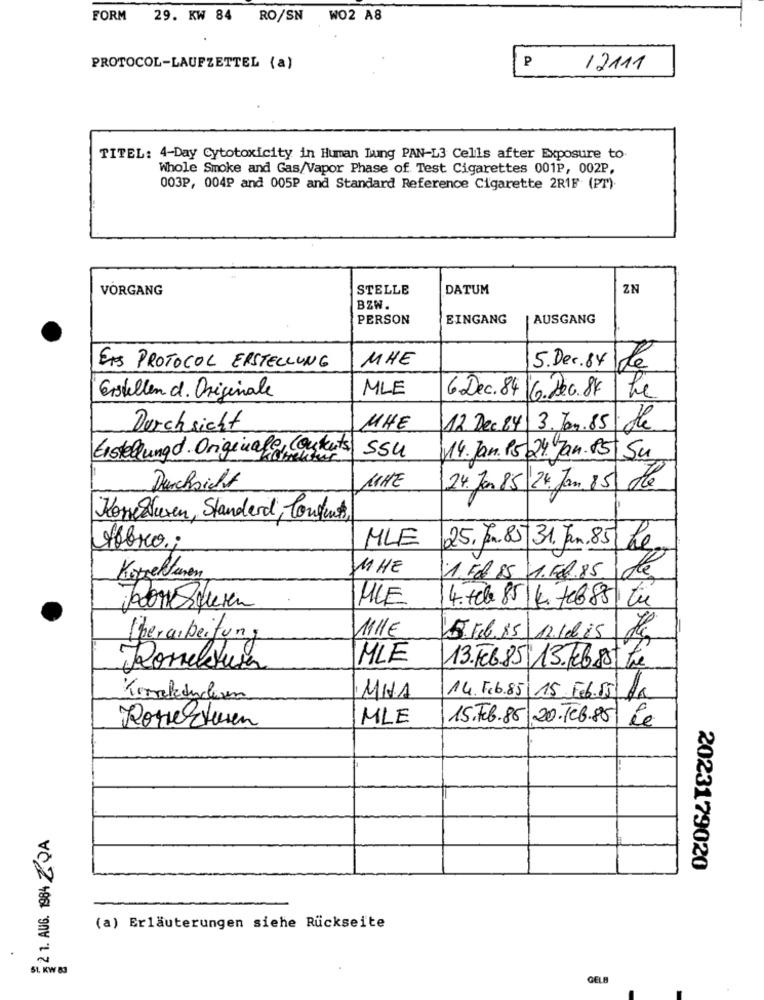
FORM 29. KW 84 RO/SN WO2 A8
P
PROTOCOL-LAUFZETTEL (a)
12111
TITEL: 4-Day Cytotoxicity in Human Jung PAN-L3 Cells after Exposure to.
Whole Smoke and Gas/Vapor Phase of Test Cigarettes 001P, 002P,
003P, 004₽ and 005P and Standard Reference Cigarette 2R1F (PT).
VORGANG
STELLE
DATUM
ZN
BZW.
PERSON
EINGANG
AUSGANG
MHE
EIS PROTOCOL ERSTELLUNG
5.Dec.84
de
MLE
Erstellen d. Originale
6 Dec. 84 6.200.84
Le
Durchsicht
MHE
12 Dec 84 3. Jan.85
de
Erstellungd. Originale, Contents)
ssu
14. Jan. 15 24. Jan. 85 Su
Durchsicht
MAE
24. Jan 85 24. Jan. 85 de
Korrekturen, Standard, Content
MLE
Hobro .;
25. Jun.85 31. Jan.85 Kg
11 HE
Korrekturen
1. Ed.85 1.FR.85
de
MLE
4. 7cb. 85 K. feb85 tu
111€
Überarbeitung
5.1.6.15 12.10. 15
MLE
Romeleitura
13.46.85 13.7685 tre
MHA
14.Feb.85 15.Feb.15. fr
MLE
15.Feb.85 20.108.85
le
Rorertusen
2 1. AUG. 1984 ZDA
2023179020
(a) Erläuterungen siehe Rückseite
GELB